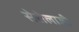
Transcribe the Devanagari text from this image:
सेरोलाजी